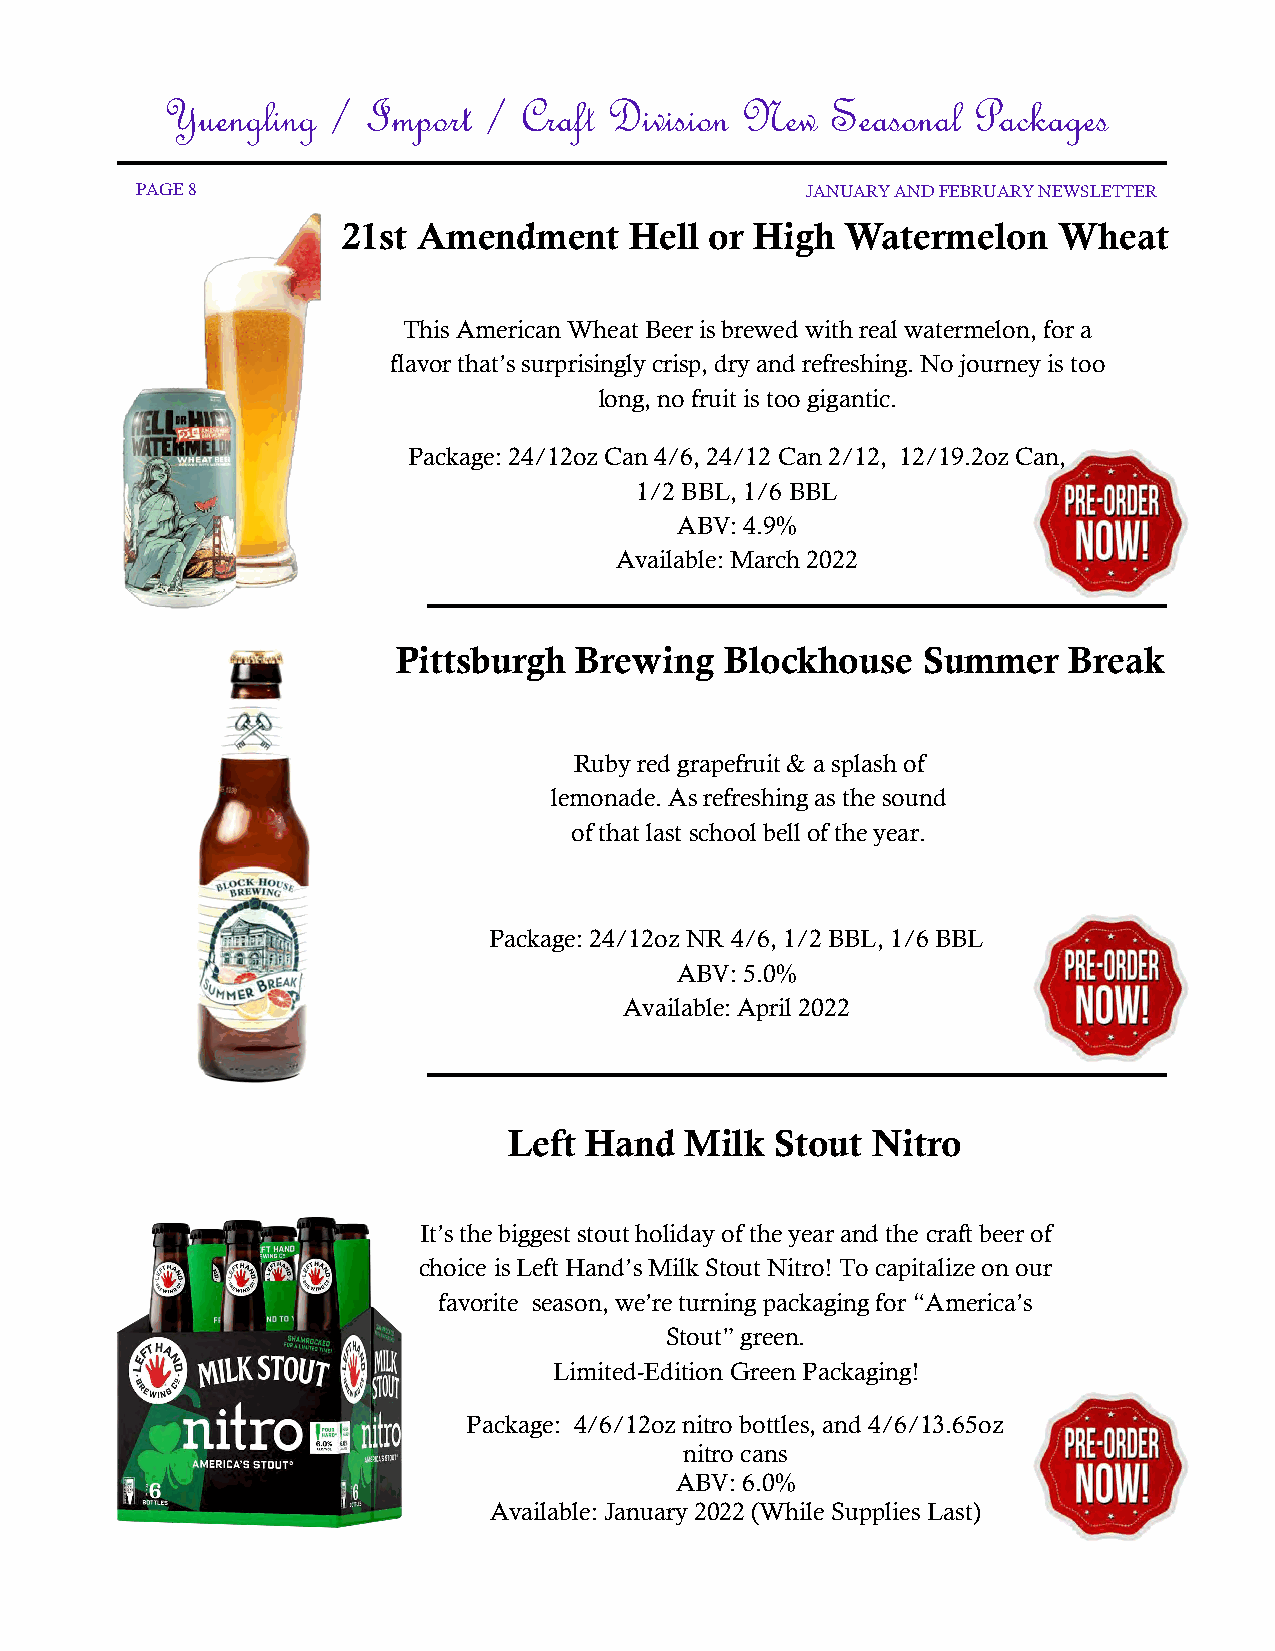
Yuengling  / Import  / Craft Division New   Seasonal Packages
 PAGE 8                                      JANUARY AND FEBRUARY NEWSLETTER
 21st Amendment     Hell or High  Watermelon    Wheat
 This American Wheat Beer is brewed with real watermelon, for a
 flavor that’s surprisingly crisp, dry and refreshing. No journey is too
 long, no fruit is too gigantic.
 Package: 24/12oz Can 4/6, 24/12 Can 2/12, 12/19.2oz Can,
 1/2 BBL, 1/6 BBL
 ABV: 4.9%
 Available: March 2022
 Pittsburgh  Brewing   Blockhouse   Summer    Break
 Ruby red grapefruit & a splash of
 lemonade. As refreshing as the sound
 of that last school bell of the year.
 Package: 24/12oz NR 4/6, 1/2 BBL, 1/6 BBL
 ABV: 5.0%
 Available: April 2022
 Left Hand  Milk  Stout  Nitro
 It’s the biggest stout holiday of the year and the craft beer of
 choice is Left Hand’s Milk Stout Nitro! To capitalize on our
 favorite season, we’re turning packaging for “America’s
 Stout” green.
 Limited-Edition Green Packaging!
 Package: 4/6/12oz nitro bottles, and 4/6/13.65oz
 nitro cans
 ABV: 6.0%
 Available: January 2022 (While Supplies Last)